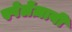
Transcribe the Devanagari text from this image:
स्पेलेंज़ानी